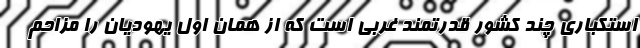
استکباری چند کشور قدرتمند غربی است که از همان اول یهودیان را مزاحم